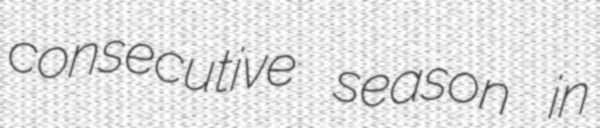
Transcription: consecutive season in